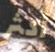
أكثر